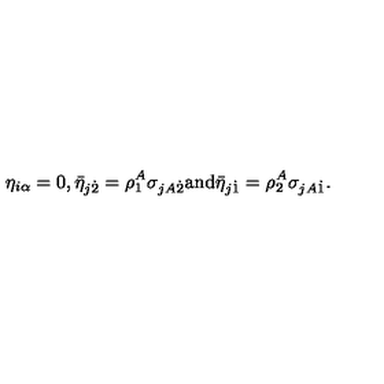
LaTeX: \eta _ { i \alpha } = 0 , \bar { \eta } _ { j \dot { 2 } } = \rho _ { 1 } ^ { A } \sigma _ { j A \dot { 2 } } \mathrm { a n d } \bar { \eta } _ { j \dot { 1 } } = \rho _ { 2 } ^ { A } \sigma _ { j A \dot { 1 } } .